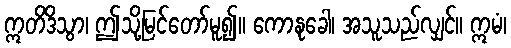
ဣတိဒိသွာ၊ ဤသို့မြင်တော်မူ၍။ ကောနုခေါ၊ အသူသည်လျှင်။ ဣမံ၊